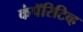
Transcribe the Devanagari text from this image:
कंपॅरिटिव्ह